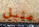
مثيل